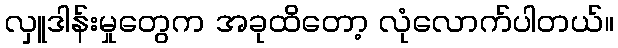
လှူဒါန်းမှုတွေက အခုထိတော့ လုံလောက်ပါတယ်။